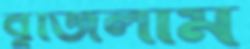
বুঁজিলাম